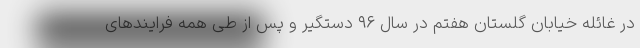
در غائله خیابان گلستان هفتم در سال ۹۶ دستگیر و پس از طی همه فرایندهای